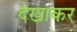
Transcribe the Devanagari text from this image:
देखाकर